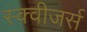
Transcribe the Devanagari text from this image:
स्क्वीजर्स